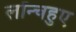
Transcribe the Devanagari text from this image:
लॉन्चहुए